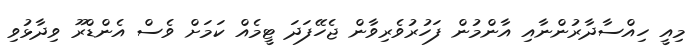
މިއީ ހިއްސާދާރުންނާއި އާންމުން ފަހުރުވެރިވާން ޖެހޭފަދަ ޓީމެއް ކަމަށް ވެސް އެންޑްރޫ ވިދާޅުވި